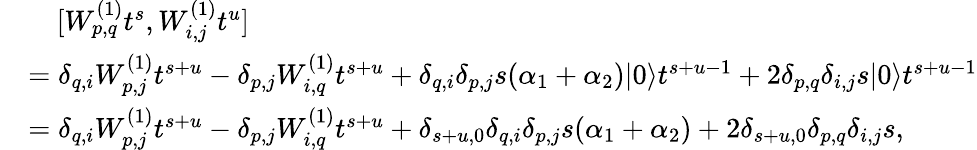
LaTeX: \begin{array}{rl}&{\quad[W_{p,q}^{(1)}t^{s},W_{i,j}^{(1)}t^{u}]}\\ &{=\delta_{q,i}W_{p,j}^{(1)}t^{s+u}-\delta_{p,j}W_{i,q}^{(1)}t^{s+u}+\delta_{q,i}\delta_{p,j}s(\alpha_{1}+\alpha_{2})|0\rangle t^{s+u-1}+2\delta_{p,q}\delta_{i,j}s|0\rangle t^{s+u-1}}\\ &{=\delta_{q,i}W_{p,j}^{(1)}t^{s+u}-\delta_{p,j}W_{i,q}^{(1)}t^{s+u}+\delta_{s+u,0}\delta_{q,i}\delta_{p,j}s(\alpha_{1}+\alpha_{2})+2\delta_{s+u,0}\delta_{p,q}\delta_{i,j}s,}\end{array}